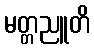
မတ္တညူတိ